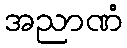
အညာဏံ